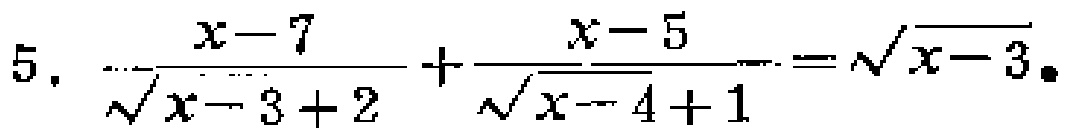
\[5.\ \frac{x - 7}{\sqrt{x - 3}+2}+\frac{x - 5}{\sqrt{x - 4}+1}=\sqrt{x - 3}\]